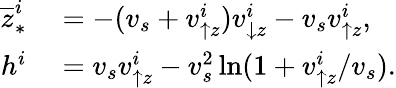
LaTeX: \begin{array}{rl}{\overline{{z}}_{\ast}^{i}}&{{}=-(v_{s}+v_{\uparrow z}^{i})v_{\downarrow z}^{i}-v_{s}v_{\uparrow z}^{i},}\\ {h^{i}}&{{}=v_{s}v_{\uparrow z}^{i}-v_{s}^{2}\ln(1+v_{\uparrow z}^{i}/v_{s}).}\end{array}